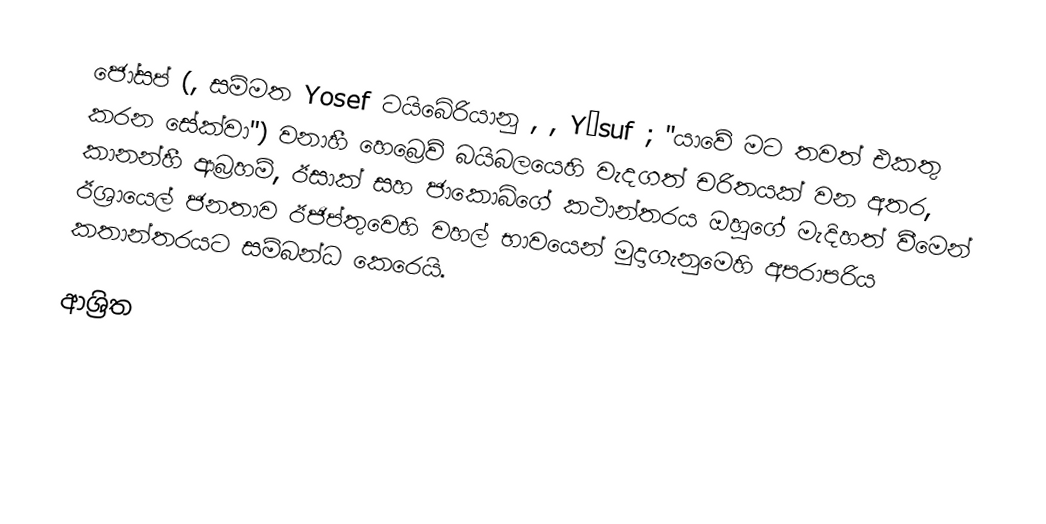
ජෝසප් (, සම්මත Yosef ටයිබේරියානු , , Yūsuf ; "යාවේ මට තවත් එකතු කරන සේක්වා") වනාහී හෙබ්‍රෙව් බයිබලයෙහි වැදගත් චරිතයක් වන අතර, කානන්හී ආබ්‍රහම්, ඊසාක් සහ ජාකොබ්ගේ කථාන්තරය ඔහුගේ මැදිහත් වීමෙන් ඊශ්‍රායෙල් ජනතාව ඊජිප්තුවෙහි වහල් භාවයෙන් මුදාගැනුමෙහි අපරාපරිය කතාන්තරයට සම්බන්ධ කෙරෙයි.

ආශ්‍රිත